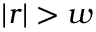
| r | > w